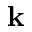
{ \bf k }